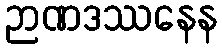
ဉာဏဒဿနေန